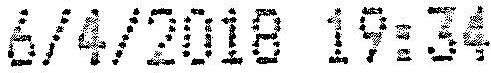
6/4/2018 19:34